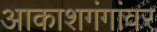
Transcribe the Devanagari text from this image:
आकाशगंगांवर